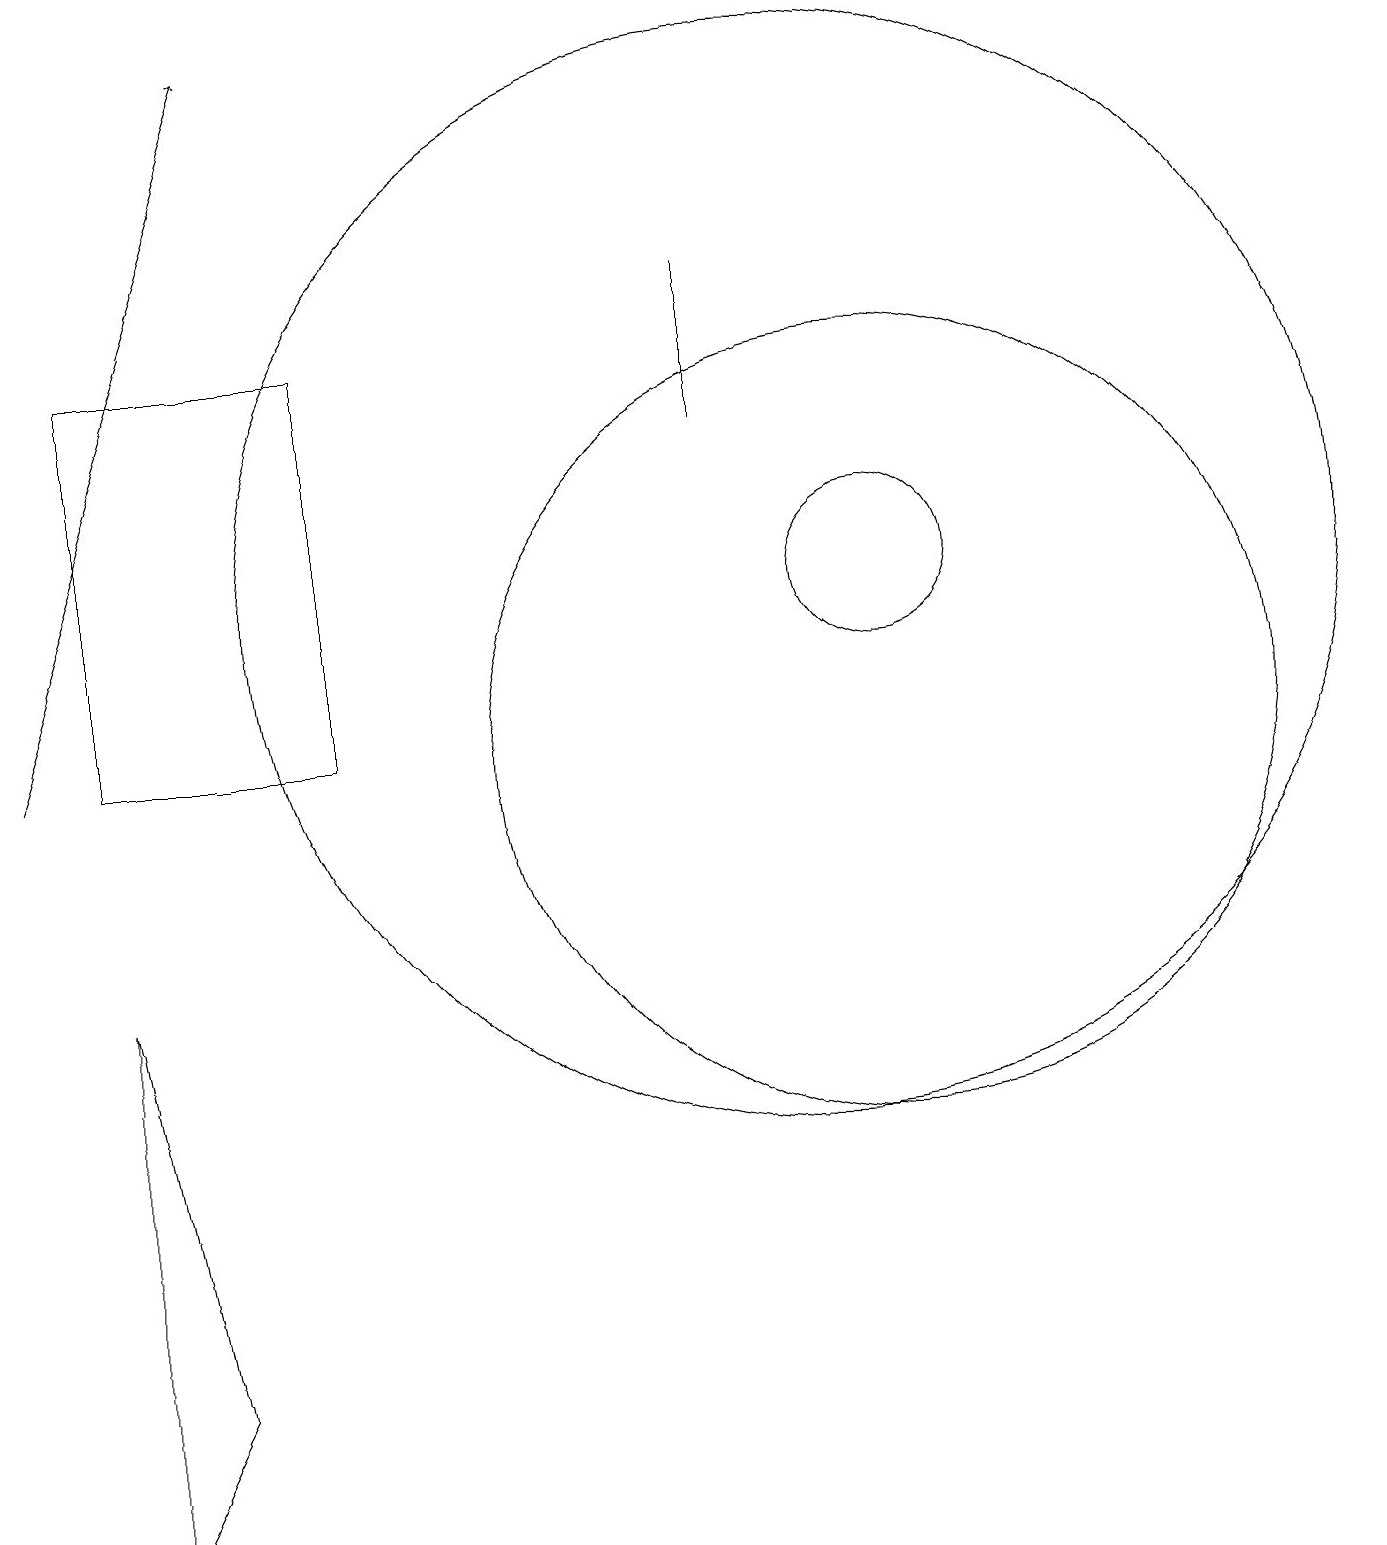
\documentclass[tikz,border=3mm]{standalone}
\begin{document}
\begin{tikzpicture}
\draw[->] (0,10) -- (3,19);
\draw (11,12) circle (1);
\draw (1,10) rectangle (4,15);
\draw (10,12) circle (7);
\draw (1,0) -- (1,7) -- (2,2) -- cycle;
\draw (11,10) circle (5);
\draw (9,16) rectangle (9,14);
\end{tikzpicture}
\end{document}